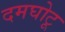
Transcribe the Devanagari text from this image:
दमघोटू